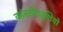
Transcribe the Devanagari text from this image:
कांस्टीट्यूशियो